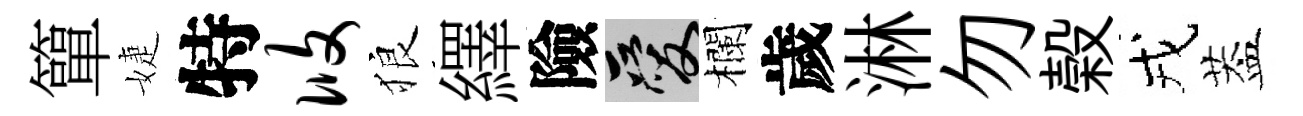
簞婕特攸狼繹險爱欄歲淋勿榖戎葢